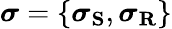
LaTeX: \boldsymbol{\sigma}=\{ \boldsymbol{\sigma}_{\mathbf{S}},\boldsymbol{\sigma}_{\mathbf{R}}\}